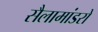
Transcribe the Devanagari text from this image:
सैलामांडरों